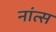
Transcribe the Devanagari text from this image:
नांत्स